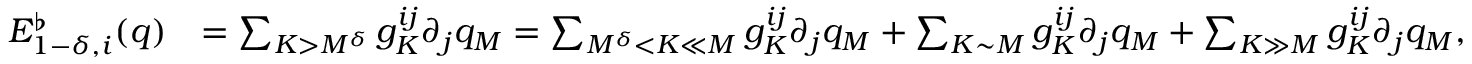
\begin{array} { r l } { E _ { 1 - \delta , i } ^ { \flat } ( q ) } & { = \sum _ { K > M ^ { \delta } } g _ { K } ^ { i j } \partial _ { j } q _ { M } = \sum _ { M ^ { \delta } < K \ll M } g _ { K } ^ { i j } \partial _ { j } q _ { M } + \sum _ { K \sim M } g _ { K } ^ { i j } \partial _ { j } q _ { M } + \sum _ { K \gg M } g _ { K } ^ { i j } \partial _ { j } q _ { M } , } \end{array}